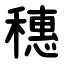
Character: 穗